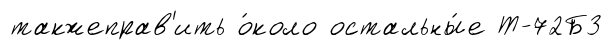
такжеправ'ить о́коло остальны́е Т-72Б3